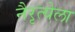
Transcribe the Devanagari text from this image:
नैरृत्येला